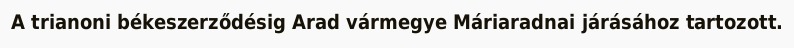
A trianoni békeszerződésig Arad vármegye Máriaradnai járásához tartozott.